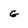
Character: g